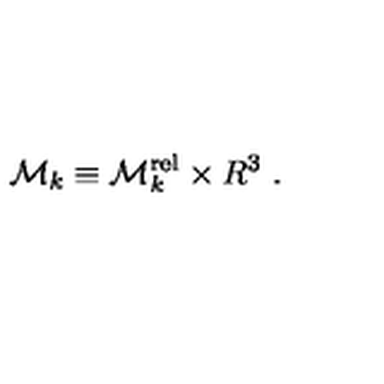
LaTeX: { \cal M } _ { k } \equiv { \cal M } _ { k } ^ { \mathrm { r e l } } \times { R } ^ { 3 } \ .